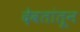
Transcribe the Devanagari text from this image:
देवतांतून